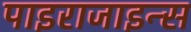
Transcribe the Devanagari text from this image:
पाइराजाइन्स